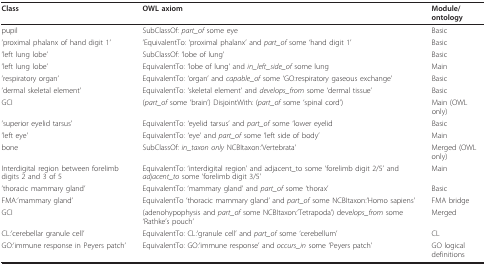
| Class | OWL axiom | Module/ontology |
 | --- | --- | --- |
 | pupil | SubClassOf: part_of some eye | Basic |
 | 'proximal phalanx of hand digit 1' | 'EquivalentTo: 'proximal phalanx' and part_of some 'hand digit 1' | Basic |
 | 'left lung lobe' | SubClassOf: 'lobe of lung' | Basic |
 | 'left lung lobe' | EquivalentTo: 'lobe of lung' and in_left_side_of some lung | Main |
 | 'respiratory organ' | EquivalentTo: 'organ' and capable_of some 'GO:respiratory gaseous exchange' | Basic |
 | 'dermal skeletal element' | EquivalentTo: 'skeletal element' and develops_from some 'dermal tissue' | Basic |
 | GCI | (part_of some 'brain') DisjointWith: (part_of some 'spinal cord') | Main (OWL only) |
 | 'superior eyelid tarsus' | EquivalentTo: 'eyelid tarsus' and part_of some 'lower eyelid | Basic |
 | 'left eye' | EquivalentTo: 'eye' and part_of some 'left side of body' | Main |
 | bone | SubClassOf: in_taxon only NCBItaxon:'Vertebrata' | Merged (OWL only) |
 | Interdigital region between forelimb digits 2 and 3 of 5 | EquivalentTo: 'interdigital region' and adjacent_to some 'forelimb digit 2/5' and adjacent_to some 'forelimb digit 3/5' | Main |
 | 'thoracic mammary gland' | EquivalentTo: 'mammary gland' and part_of some 'thorax' | Basic |
 | FMA:'mammary gland' | EquivalentTo 'thoracic mammary gland' and part_of some NCBItaxon:'Homo sapiens' | FMA bridge |
 | GCI | (adenohypophysis and part_of some NCBItaxon:'Tetrapoda') develops_from some 'Rathke's pouch' | Merged |
 | CL:'cerebellar granule cell' | EquivalentTo: CL:'granule cell' and part_of some 'cerebellum' | CL |
 | GO:'immune response in Peyers patch' | EquivalentTo: GO:'immune response' and occurs_in some 'Peyers patch' | GO logical definitions |